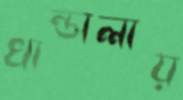
খান্ডালায়